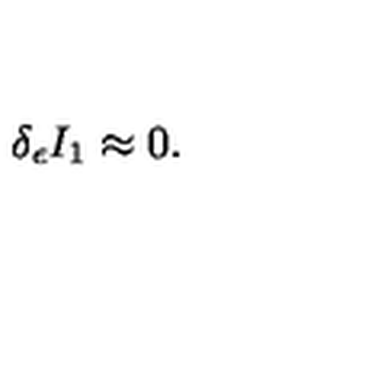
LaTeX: \delta _ { \epsilon } I _ { 1 } \approx 0 .